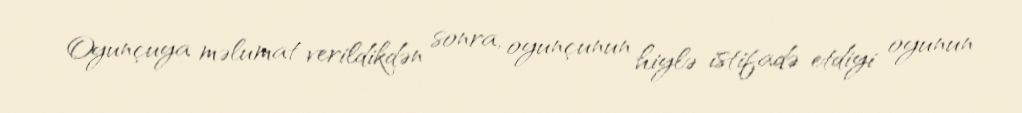
Oyunçuya məlumat verildikdən sonra, oyunçunun hiylə istifadə etdiyi oyunun